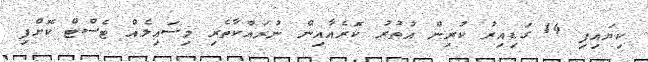
ކިޔައިފި 14 ގަޑިއިރު ކުރިން އުތުރު ކޮރެއާއިން ނުރައްކާތެރި މިސައިލެއް ޓެސްޓް ކޮށްފި